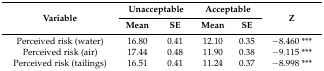
| <ROWSPAN=2> Variable | <COLSPAN=2> Unacceptable | <COLSPAN=2> Acceptable | <ROWSPAN=2> Z |
 | Mean | SE | Mean | SE |
 | --- | --- | --- | --- | --- | --- |
 | Perceived risk (water) | 16.80 | 0.41 | 12.10 | 0.35 | −8.460 *** |
 | Perceived risk (air) | 17.44 | 0.48 | 11.90 | 0.38 | −9.115 *** |
 | Perceived risk (tailings) | 16.51 | 0.41 | 11.24 | 0.37 | −8.998 *** |